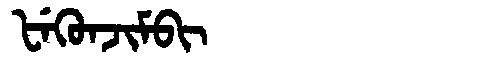
Manchu: ᡶᡝᡴᡠᠨᠵᡳᠮᠪᡳ
Romanization: FEKUNJIMBI